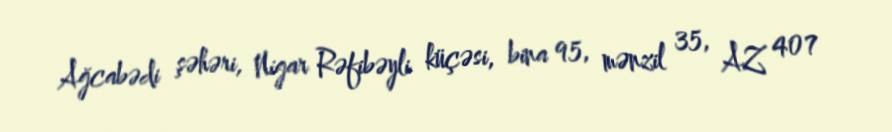
Ağcabədi şəhəri, Nigar Rəfibəyli küçəsi, bina 95, mənzil 35, AZ 407